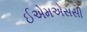
ઈએમએસસી